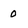
Character: 0